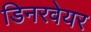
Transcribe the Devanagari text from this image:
डिनरवेयर